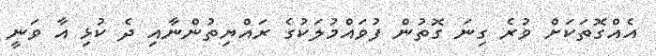
އެއްގޮތަކަށް ވުރެ ގިނަ ގޮތުން ފުވައްމުލަކުގެ ރައްޔިތުންނާއި ދެ ކުޅި އާ ވަނީ